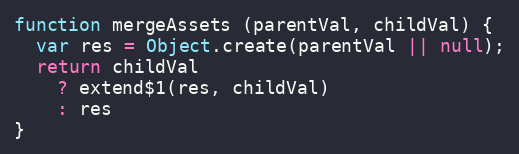
Language: JavaScript
function mergeAssets (parentVal, childVal) {
  var res = Object.create(parentVal || null);
  return childVal
    ? extend$1(res, childVal)
    : res
}